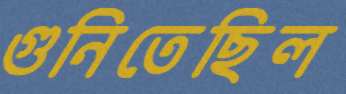
গুনিতেছিল